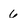
Character: 6